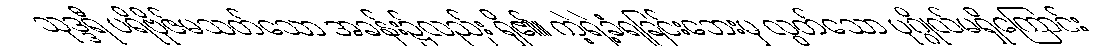
သုဒ္ဒရီ ပရိဗိုဇ်မသတ်သော အခန်း၌လည်း ရှိ၏။ ကဲ့ရဲ့ခံရခြင်းဘေးမှ လွတ်သော ပုဂ္ဂိုလ်မရှိကြောင်း